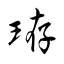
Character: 珔